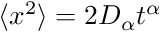
\langle x ^ { 2 } \rangle = 2 D _ { \alpha } t ^ { \alpha }